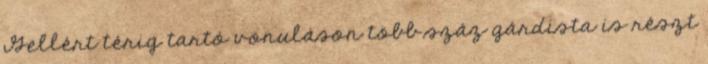
Gellért térig tartó vonuláson több száz gárdista is részt